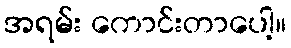
အရမ်း ကောင်းတာပေါ့။